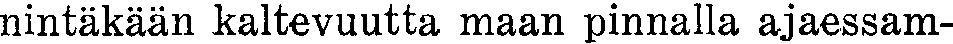
nintäkään kaltevuutta maan pinnalla ajaessam-